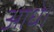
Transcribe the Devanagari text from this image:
आधे।